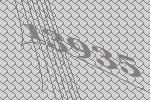
13935